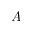
A